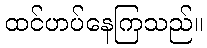
ထင်ဟပ်နေကြသည်။